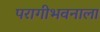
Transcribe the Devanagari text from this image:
परागीभवनाला